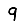
Digit: 9